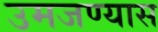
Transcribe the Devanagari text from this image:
उमजण्यास